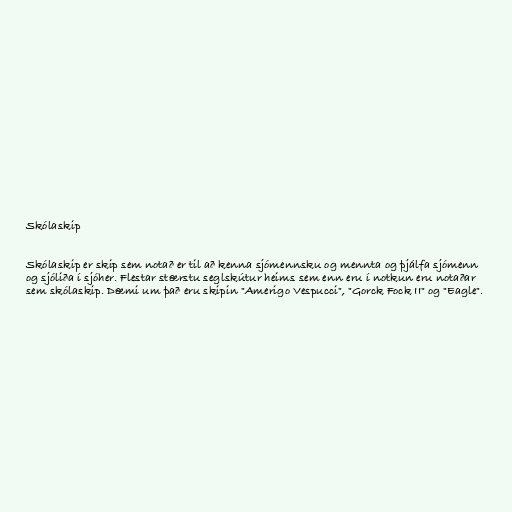
Skólaskip

Skólaskip er skip sem notað er til að kenna sjómennsku og mennta og þjálfa sjómenn
og sjóliða í sjóher. Flestar stærstu seglskútur heims sem enn eru í notkun eru notaðar
sem skólaskip. Dæmi um það eru skipin "Amerigo Vespucci", "Gorck Fock II" og "Eagle".